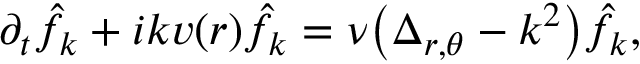
\partial _ { t } \hat { f } _ { k } + i k v ( r ) \hat { f } _ { k } = \nu \big ( \Delta _ { r , \theta } - k ^ { 2 } \big ) \hat { f } _ { k } ,